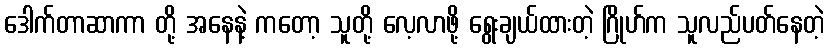
ဒေါက်တာဆာကာ တို့ အနေနဲ့ ကတော့ သူတို့ လေ့လာဖို့ ရွေးချယ်ထားတဲ့ ဂြိုဟ်က သူလည်ပတ်နေတဲ့